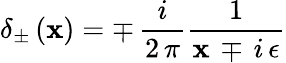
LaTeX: \delta_{\pm}\, (\mathbf{x})=\mp\, {\frac{{i}}{{2\, \pi}}}{\frac{{1}}{{\mathbf{x}\, \mp\, i\, \epsilon}}}